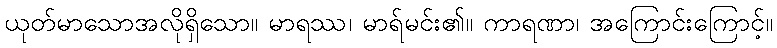
ယုတ်မာသောအလိုရှိသော။ မာရဿ၊ မာရ်မင်း၏။ ကာရဏာ၊ အကြောင်းကြောင့်။